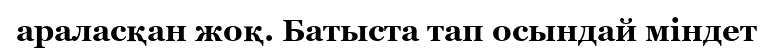
араласқан жоқ. Батыста тап осындай міндет